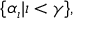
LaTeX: \{ \alpha _ { \iota } | \iota < \gamma \} ,